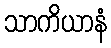
သာကိယာနံ